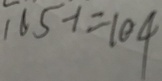
1 6 5 - 1 = 1 0 4